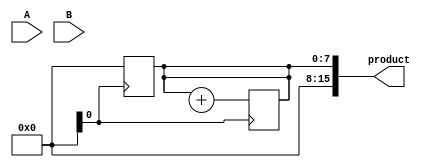
module booth_multiplier(
    input [7:0] A,
    input [7:0] B,
    output reg [15:0] product
);

reg [7:0] A_reg;
reg [7:0] B_reg;
reg [3:0] counter;
reg [7:0] accumulator;

wire [7:0] A_shifted;
wire [7:0] borrow;
wire [15:0] partial_product;

// Booth encoder module
// implementation of Booth encoder is needed

// Multiplier module
// implementation of Booth's algorithm for multiplication is needed

always @(posedge clk) begin
    A_reg <= A;
    B_reg <= B;
    counter <= 0;
    accumulator <= 0;
end

always @(posedge clk) begin
    if (counter < 8) begin
        A_shifted = {A_reg[6:0], A_reg[7]};
        counter <= counter + 1;
    end else begin
        A_shifted = A_reg;
    end
end

// Accumulating the partial products
always @(posedge clk) begin
    accumulator <= accumulator + partial_product;
end

assign product = accumulator;
endmodule